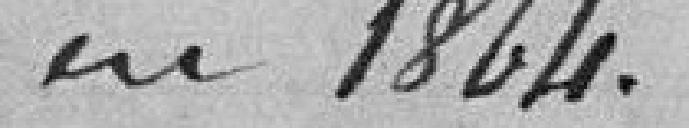
1864.